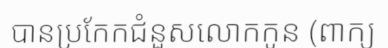
បានប្រកែកជំនួសលោកកូន (ពាក្យ